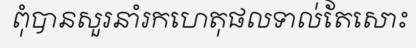
ពុំបានសួរនាំរកហេតុផលទាល់តែសោះ